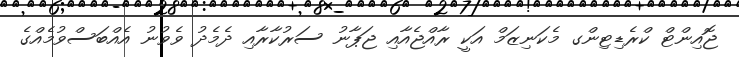
ޖޮއިންޓް ކްރެޑިޓިންގ މެކަނިޒަމް އަކީ ރާއްޖެއާއި ޖަޕާނު ސަރުކާރާއި ދެމެދު ވެވުނު އެއްބަސްވުމެއްގެ